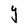
Character: Y